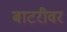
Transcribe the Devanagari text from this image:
बाटरीवर